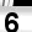
Digit: 6